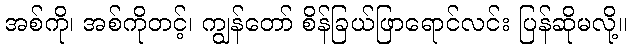
အစ်ကို၊ အစ်ကိုတင့်၊ ကျွန်တော် စိန်ခြယ်ဖြာရောင်လင်း ပြန်ဆိုမလို့။